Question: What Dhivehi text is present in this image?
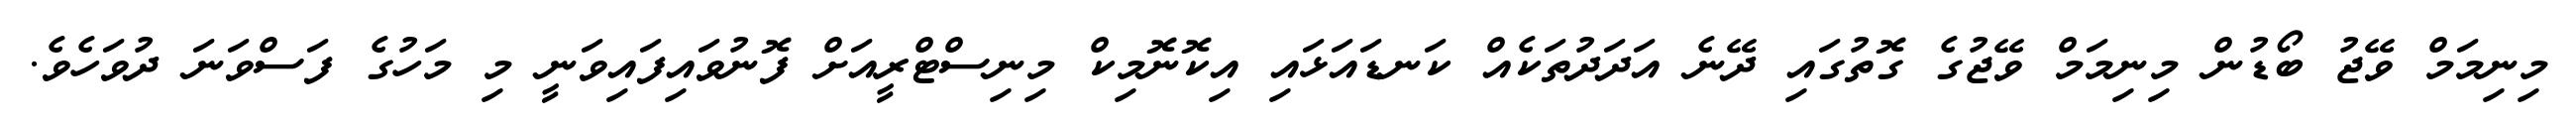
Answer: މިނިމަމް ވޭޖު ބޯޑުން މިނިމަމް ވޭޖުގެ ގޮތުގައި ދޭނެ އަދަދުތަކެއް ކަނޑައަޅައި އިކޮނޮމިކް މިނިސްޓްރީއަށް ފޮނުވައިފައިވަނީ މި މަހުގެ ފަސްވަނަ ދުވަހެވެ.